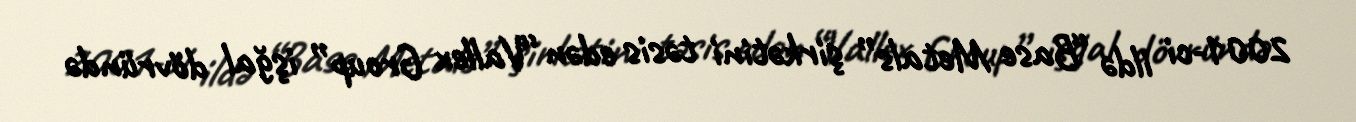
2001-ci ildə “Base Metals” şirkətini təsis edən “Vallex Group” işğal dövründə